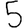
Digit: 5